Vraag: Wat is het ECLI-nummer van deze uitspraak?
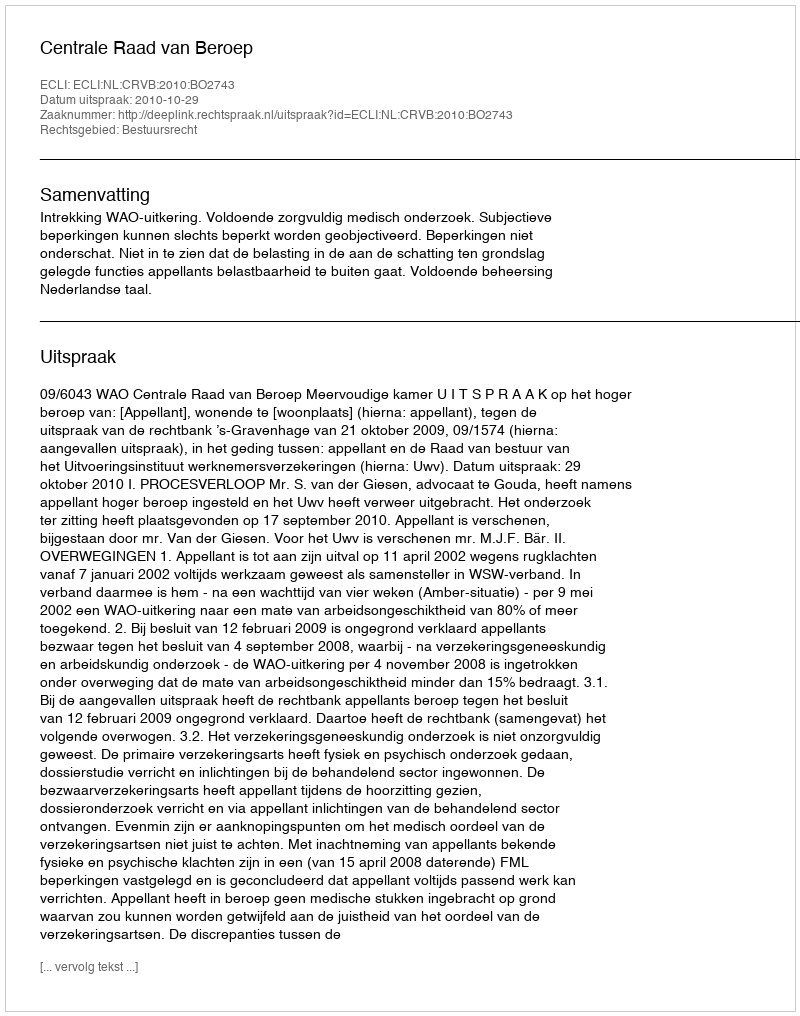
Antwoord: ECLI:NL:CRVB:2010:BO2743